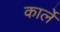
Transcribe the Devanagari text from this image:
कार्ले